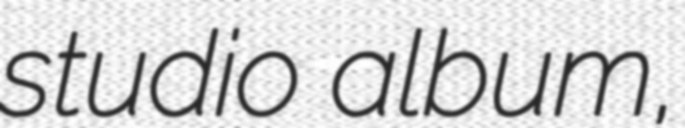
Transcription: studio album,